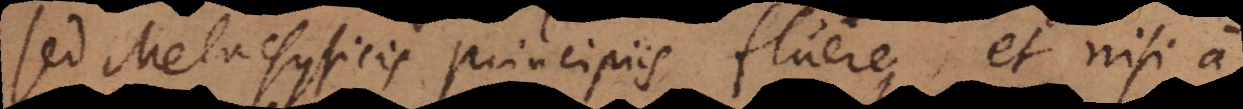
sed Metaphysicis principiis fluere, et nisi a